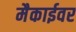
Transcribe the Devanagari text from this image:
मैकाईवर